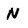
Character: N